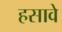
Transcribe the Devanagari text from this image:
हसावे